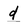
Character: d